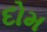
દોમ